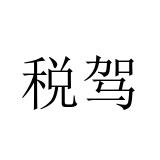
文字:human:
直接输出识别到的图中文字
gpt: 税驾